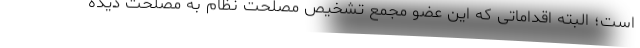
است؛ البته اقداماتی که این عضو مجمع تشخیص مصلحت نظام به مصلحت دیده